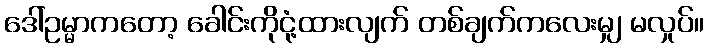
ဒေါ်ဥမ္မာကတော့ ခေါင်းကိုငုံ့ထားလျက် တစ်ချက်ကလေးမျှ မလှုပ်။